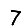
Digit: 7